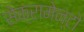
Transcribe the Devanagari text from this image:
सेक्रामेन्टो